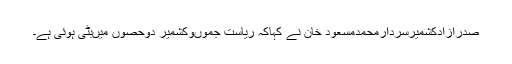
صدرآزادکشمیرسردارمحمدمسعود خان نے کہاکہ ریاست جموںوکشمیر دوحصوں میںبٹی ہوئی ہے۔